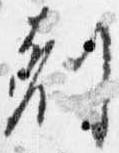
剋